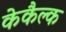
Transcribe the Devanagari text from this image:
केकैल्क